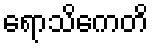
ရောသိကေတိ